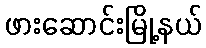
ဖားဆောင်းမြို့နယ်